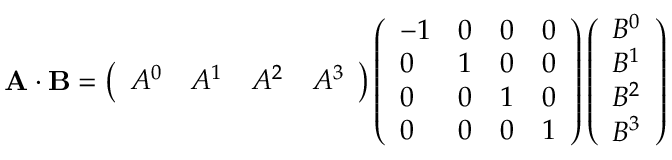
\mathbf { A \cdot B } = \left( { \begin{array} { l l l l } { A ^ { 0 } } & { A ^ { 1 } } & { A ^ { 2 } } & { A ^ { 3 } } \end{array} } \right) \left( { \begin{array} { l l l l } { - 1 } & { 0 } & { 0 } & { 0 } \\ { 0 } & { 1 } & { 0 } & { 0 } \\ { 0 } & { 0 } & { 1 } & { 0 } \\ { 0 } & { 0 } & { 0 } & { 1 } \end{array} } \right) \left( { \begin{array} { l } { B ^ { 0 } } \\ { B ^ { 1 } } \\ { B ^ { 2 } } \\ { B ^ { 3 } } \end{array} } \right)